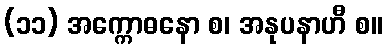
(၁၁) အက္ကောဓနော စ၊ အနုပနာဟီ စ။